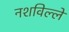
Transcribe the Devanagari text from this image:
नशविल्ले